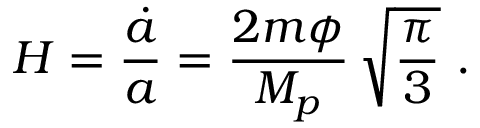
H = { \frac { \dot { a } } { a } } = { \frac { 2 m \phi } { M _ { p } } } \, \sqrt { \frac { \pi } { 3 } } \ .